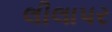
લીલાપર